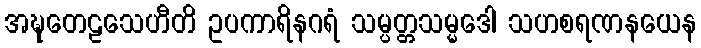
အဍ္ဎတေဠသေဟီတိ ဥပကာရိနဂရံ သမ္ပတ္တသမ္မဒေါ သဟစရဏနယေန